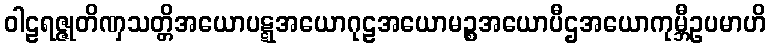
ဝါဠရဇ္ဇုတိဏှသတ္တိအယောပဋ္ဋအယောဂုဠအယောမဉ္စအယောပီဌအယောကုမ္ဘီဥပမာဟိ